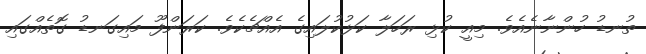
ތުނޑު ހުންނާނެއެވެ. މިއީ ކުޅި ރަހަލާ ކަޅުކުލައިގެ އެއްޗެކެވެ. ކަރަންފޫ މައިގަނޑު ގޮތެއްގައި